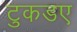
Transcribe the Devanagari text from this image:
टुकडए